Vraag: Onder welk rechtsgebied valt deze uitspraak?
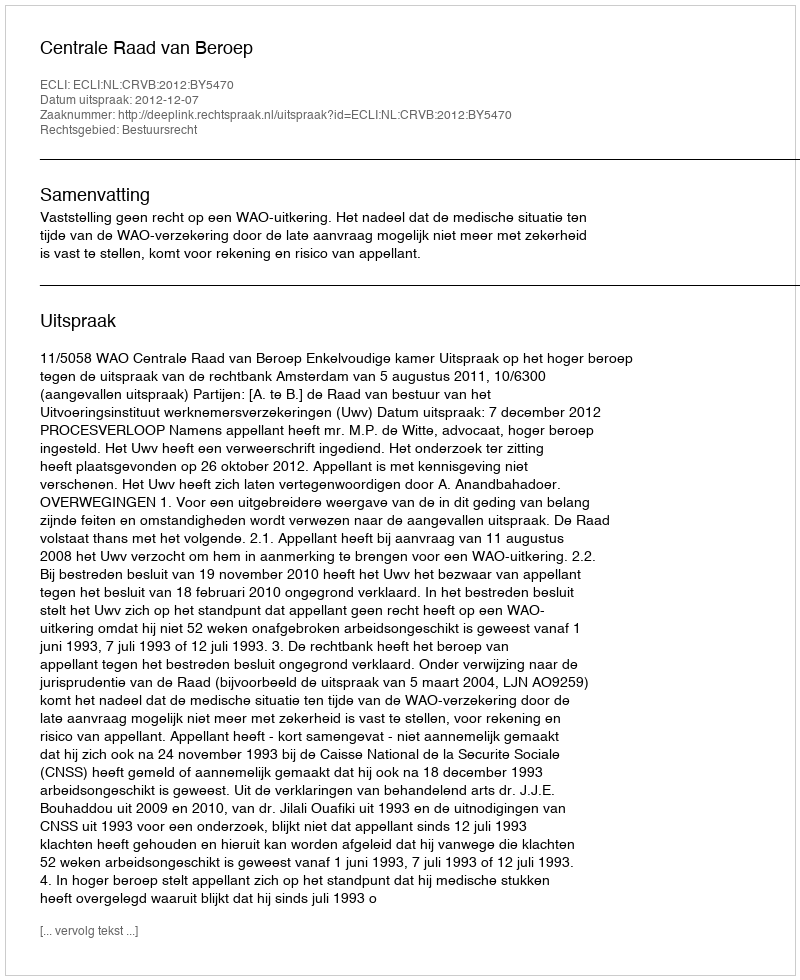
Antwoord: Bestuursrecht